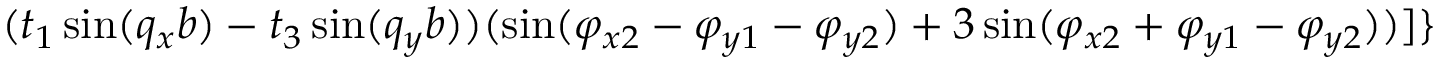
( t _ { 1 } \sin ( q _ { x } b ) - t _ { 3 } \sin ( q _ { y } b ) ) ( \sin ( \varphi _ { x 2 } - \varphi _ { y 1 } - \varphi _ { y 2 } ) + 3 \sin ( \varphi _ { x 2 } + \varphi _ { y 1 } - \varphi _ { y 2 } ) ) ] \}